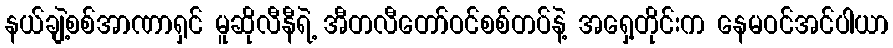
နယ်ချဲ့စစ်အာဏာရှင် မူဆိုလီနီရဲ့ အီတလီတော်ဝင်စစ်တပ်နဲ့ အရှေ့တိုင်းက နေမဝင်အင်ပါယာ